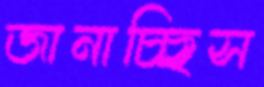
জানাচ্ছিস